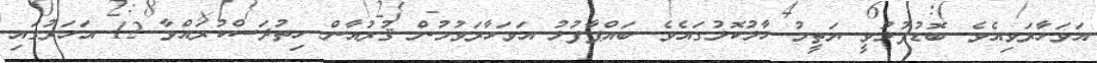
އަވަހާރަވިއެވެ. ބޮޑުފުޅުވީ ޔަތީމު ހާލުކޮޅުގައެވެ. ބައްޕާފުޅު އަވަހާރަވުމުން ޤުރުއާން ހިތުދަސްކުރައްވާ 12 އަހަރުގައި